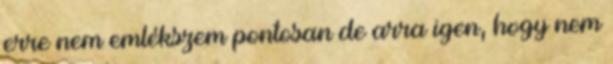
erre nem emlékszem pontosan de arra igen, hogy nem